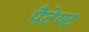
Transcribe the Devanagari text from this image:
पैटेण्ट